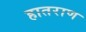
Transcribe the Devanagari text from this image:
हातराण